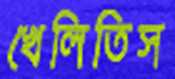
খেলিতিস